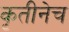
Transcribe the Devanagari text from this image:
कृतीनेच